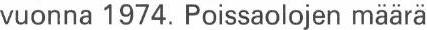
vuonna 1974. Poissaolojen määrä